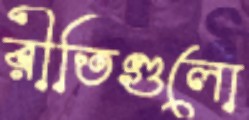
রীতিগুলো